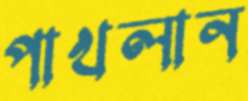
পাখলান